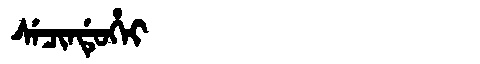
Manchu: ᠰᡝᠴᡳᠨᡩᡠᡥᡝᡳ
Romanization: SECINDUHEI